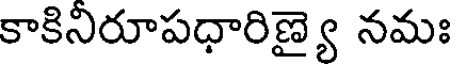
కాకినిరూపధారిణ్యై నమః